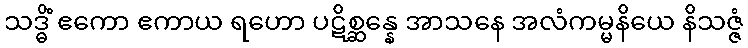
သဒ္ဓိံ ဧကော ဧကာယ ရဟော ပဋိစ္ဆန္နေ အာသနေ အလံကမ္မနိယေ နိသဇ္ဇံ